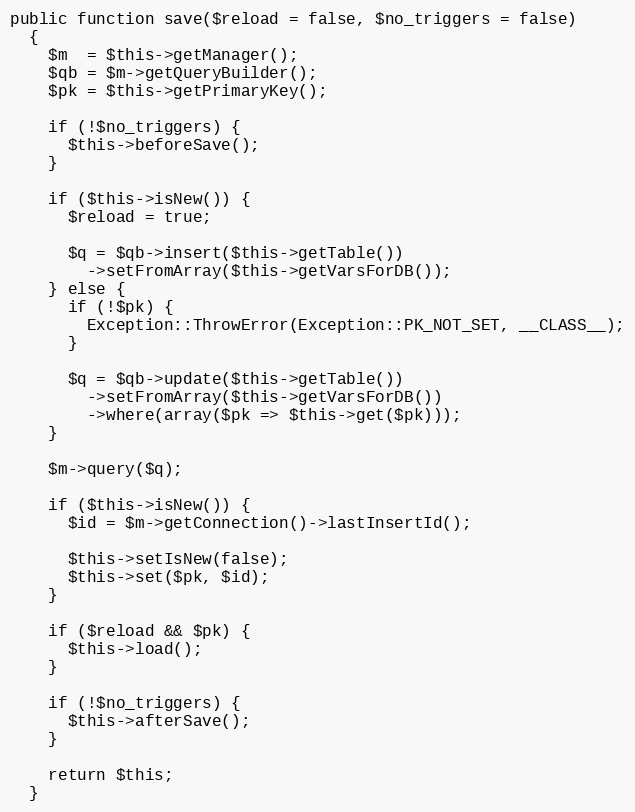
Language: PHP
public function save($reload = false, $no_triggers = false)
  {
    $m  = $this->getManager();
    $qb = $m->getQueryBuilder();
    $pk = $this->getPrimaryKey();

    if (!$no_triggers) {
      $this->beforeSave();
    }

    if ($this->isNew()) {
      $reload = true;

      $q = $qb->insert($this->getTable())
        ->setFromArray($this->getVarsForDB());
    } else {
      if (!$pk) {
        Exception::ThrowError(Exception::PK_NOT_SET, __CLASS__);
      }

      $q = $qb->update($this->getTable())
        ->setFromArray($this->getVarsForDB())
        ->where(array($pk => $this->get($pk)));
    }

    $m->query($q);

    if ($this->isNew()) {
      $id = $m->getConnection()->lastInsertId();

      $this->setIsNew(false);
      $this->set($pk, $id);
    }

    if ($reload && $pk) {
      $this->load();
    }

    if (!$no_triggers) {
      $this->afterSave();
    }

    return $this;
  }